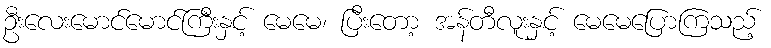
ဦးလေးမောင်မောင်ကြီးနှင့် မေမေ၊ ပြီးတော့ အန်တီလူးနှင့် မေမေပြောကြသည့်